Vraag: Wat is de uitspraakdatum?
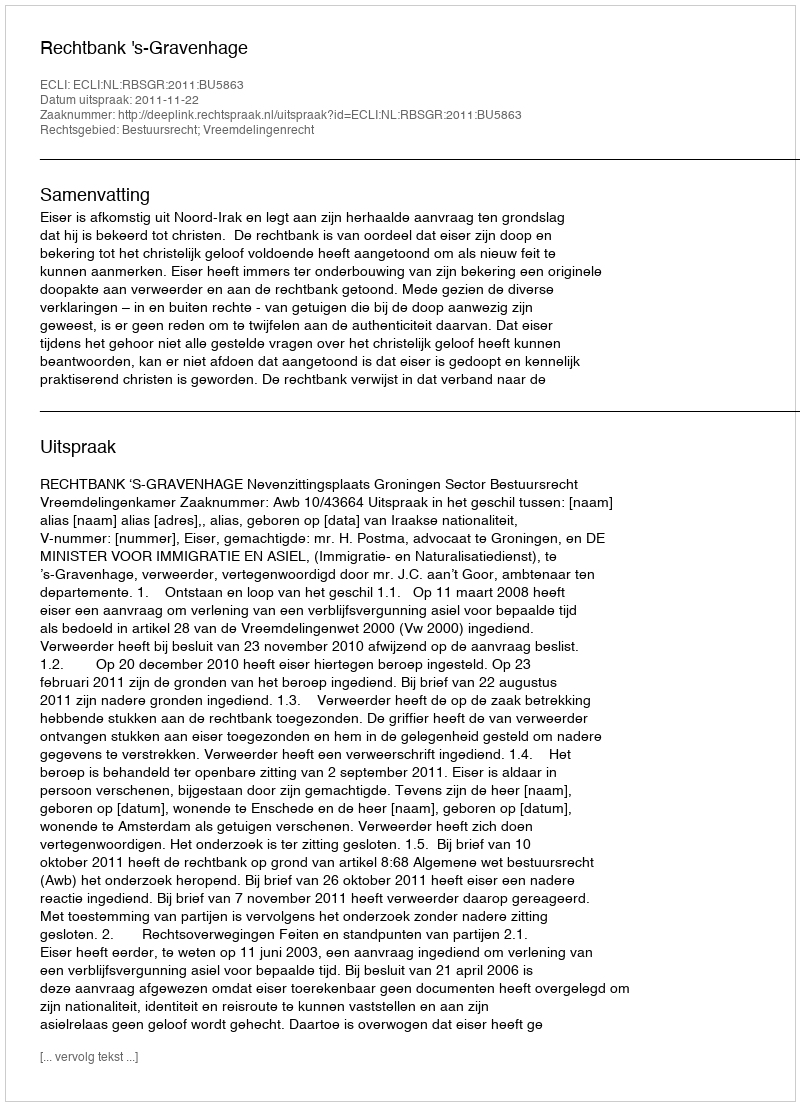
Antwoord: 2011-11-22